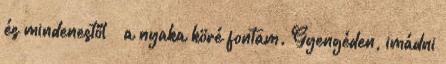
és mindenestől – a nyaka köré fontam. Gyengéden, imádni